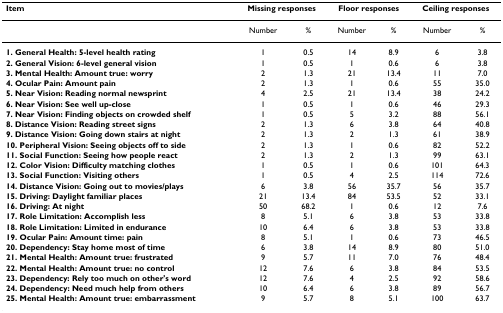
<table><thead><tr><td><b>Item</b></td><td colspan="2"><b>Missing responses</b></td><td colspan="2"><b>Floor responses</b></td><td colspan="2"><b>Ceiling responses</b></td></tr></thead><tbody><tr><td></td><td>Number</td><td>%</td><td>Number</td><td>%</td><td>Number</td><td>%</td></tr><tr><td><b>1. General Health: 5-level health rating</b></td><td>1</td><td>0.5</td><td>14</td><td>8.9</td><td>6</td><td>3.8</td></tr><tr><td><b>2. General Vision: 6-level general vision</b></td><td>1</td><td>0.5</td><td>1</td><td>0.6</td><td>6</td><td>3.8</td></tr><tr><td><b>3. Mental Health: Amount true: worry</b></td><td>2</td><td>1.3</td><td>21</td><td>13.4</td><td>11</td><td>7.0</td></tr><tr><td><b>4. Ocular Pain: Amount pain</b></td><td>2</td><td>1.3</td><td>1</td><td>0.6</td><td>55</td><td>35.0</td></tr><tr><td><b>5. Near Vision: Reading normal newsprint</b></td><td>4</td><td>2.5</td><td>21</td><td>13.4</td><td>38</td><td>24.2</td></tr><tr><td><b>6. Near Vision: See well up-close</b></td><td>1</td><td>0.5</td><td>1</td><td>0.6</td><td>46</td><td>29.3</td></tr><tr><td><b>7. Near Vision: Finding objects on crowded shelf</b></td><td>1</td><td>0.5</td><td>5</td><td>3.2</td><td>88</td><td>56.1</td></tr><tr><td><b>8. Distance Vision: Reading street signs</b></td><td>2</td><td>1.3</td><td>6</td><td>3.8</td><td>64</td><td>40.8</td></tr><tr><td><b>9. Distance Vision: Going down stairs at night</b></td><td>2</td><td>1.3</td><td>2</td><td>1.3</td><td>61</td><td>38.9</td></tr><tr><td><b>10. Peripheral Vision: Seeing objects off to side</b></td><td>2</td><td>1.3</td><td>1</td><td>0.6</td><td>82</td><td>52.2</td></tr><tr><td><b>11. Social Function: Seeing how people react</b></td><td>2</td><td>1.3</td><td>2</td><td>1.3</td><td>99</td><td>63.1</td></tr><tr><td><b>12. Color Vision: Difficulty matching clothes</b></td><td>1</td><td>0.5</td><td>1</td><td>0.6</td><td>101</td><td>64.3</td></tr><tr><td><b>13. Social Function: Visiting others</b></td><td>1</td><td>0.5</td><td>4</td><td>2.5</td><td>114</td><td>72.6</td></tr><tr><td><b>14. Distance Vision: Going out to movies/plays</b></td><td>6</td><td>3.8</td><td>56</td><td>35.7</td><td>56</td><td>35.7</td></tr><tr><td><b>15. Driving: Daylight familiar places</b></td><td>21</td><td>13.4</td><td>84</td><td>53.5</td><td>52</td><td>33.1</td></tr><tr><td><b>16. Driving: At night</b></td><td>50</td><td>68.2</td><td>1</td><td>0.6</td><td>12</td><td>7.6</td></tr><tr><td><b>17. Role Limitation: Accomplish less</b></td><td>8</td><td>5.1</td><td>6</td><td>3.8</td><td>53</td><td>33.8</td></tr><tr><td><b>18. Role Limitation: Limited in endurance</b></td><td>10</td><td>6.4</td><td>6</td><td>3.8</td><td>53</td><td>33.8</td></tr><tr><td><b>19. Ocular Pain: Amount time: pain</b></td><td>8</td><td>5.1</td><td>1</td><td>0.6</td><td>73</td><td>46.5</td></tr><tr><td><b>20. Dependency: Stay home most of time</b></td><td>6</td><td>3.8</td><td>14</td><td>8.9</td><td>80</td><td>51.0</td></tr><tr><td><b>21. Mental Health: Amount true: frustrated</b></td><td>9</td><td>5.7</td><td>11</td><td>7.0</td><td>76</td><td>48.4</td></tr><tr><td><b>22. Mental Health: Amount true: no control</b></td><td>12</td><td>7.6</td><td>6</td><td>3.8</td><td>84</td><td>53.5</td></tr><tr><td><b>23. Dependency: Rely too much on other&#x27;s word</b></td><td>12</td><td>7.6</td><td>4</td><td>2.5</td><td>92</td><td>58.6</td></tr><tr><td><b>24. Dependency: Need much help from others</b></td><td>10</td><td>6.4</td><td>6</td><td>3.8</td><td>89</td><td>56.7</td></tr><tr><td><b>25. Mental Health: Amount true: embarrassment</b></td><td>9</td><td>5.7</td><td>8</td><td>5.1</td><td>100</td><td>63.7</td></tr></tbody></table>